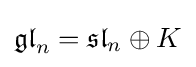
{\mathfrak {gl}}_{n}={\mathfrak {sl}}_{n}\oplus K